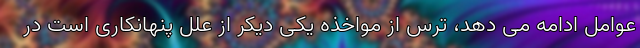
عوامل ادامه می دهد، ترس از مواخذه یکی دیکر از علل پنهانکاری است در